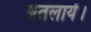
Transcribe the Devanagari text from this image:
बतलायें।